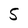
Character: S